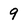
Character: 9